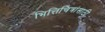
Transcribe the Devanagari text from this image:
भित्तिचित्रांसाठी